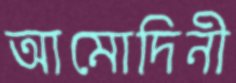
আমোদিনী